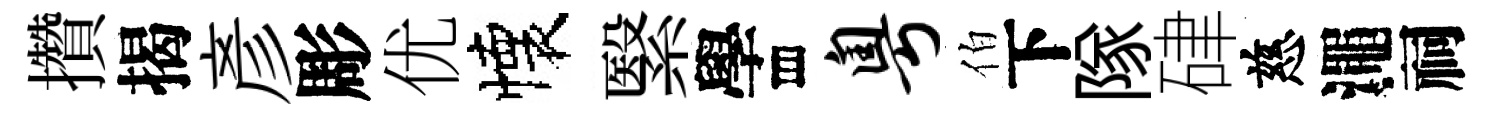
攢揭彥彫优懐繄學存粤伯下隊硉慈澠祠